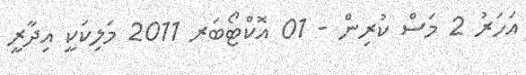
އަހަރު 2 މަސް ކުރިން - 01 އޮކްޓޯބަރ 2011 މަލިކަކީ އިދާރީ